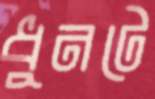
ধুনটে